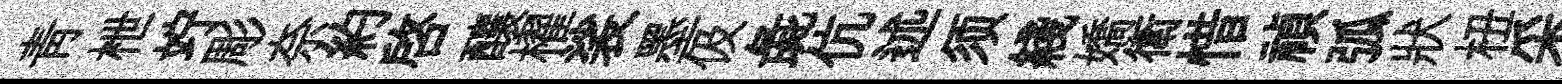
青枻竚彫奈約啓釀櫂裟墨伋彘伉述须綫嬌衛惜禎弧狀杻采